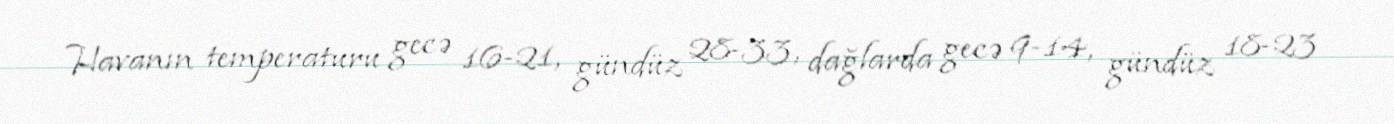
Havanın temperaturu gecə 16-21, gündüz 28-33, dağlarda gecə 9-14, gündüz 18-23